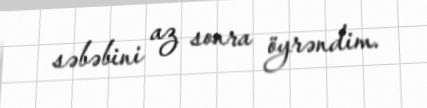
səbəbini az sonra öyrəndim.